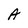
Character: A